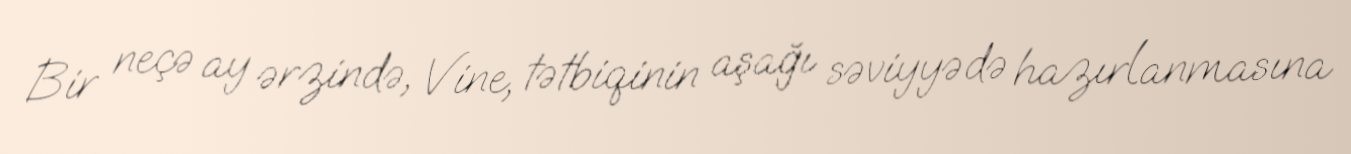
Bir neçə ay ərzində, Vine, tətbiqinin aşağı səviyyədə hazırlanmasına